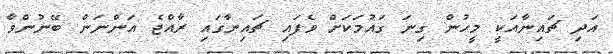
އަދި ޗައިނާއަކީ މީހުން ގިނަ ގައުމަކަށް ވެފައި ޗައިނާގައި ރާއްޖެ އަންނަން ބޭނުންވާ